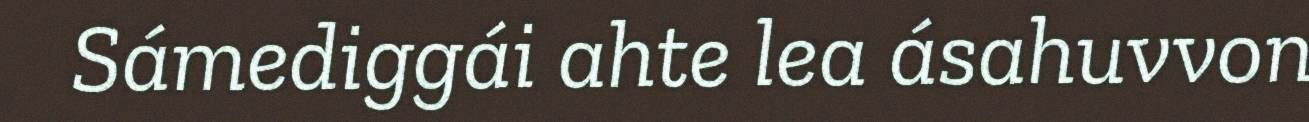
Sámediggái ahte lea ásahuvvon